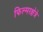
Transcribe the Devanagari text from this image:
फिल्मरक्षेत्रे